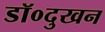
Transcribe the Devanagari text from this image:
डॉ०दुखन